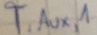
Text: T,Aux,1